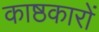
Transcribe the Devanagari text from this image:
काष्ठकारों